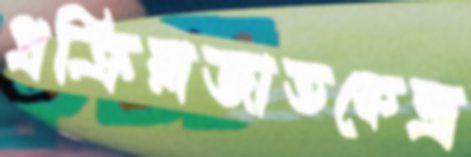
প্রক্রিয়াজাতকেন্দ্র